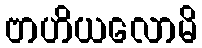
ဗာဟိယလောမိ